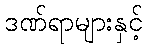
ဒဏ်ရာများနှင့်